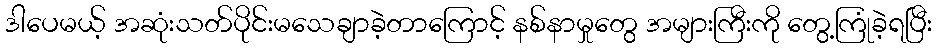
ဒါပေမယ့် အဆုံးသတ်ပိုင်းမသေချာခဲ့တာကြောင့် နစ်နာမှုတွေ အများကြီးကို တွေ့ကြုံခဲ့ရပြီး